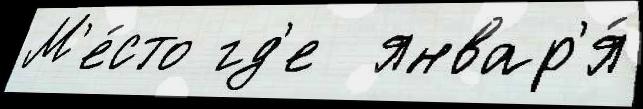
М'е́сто гд'е  январ'я́